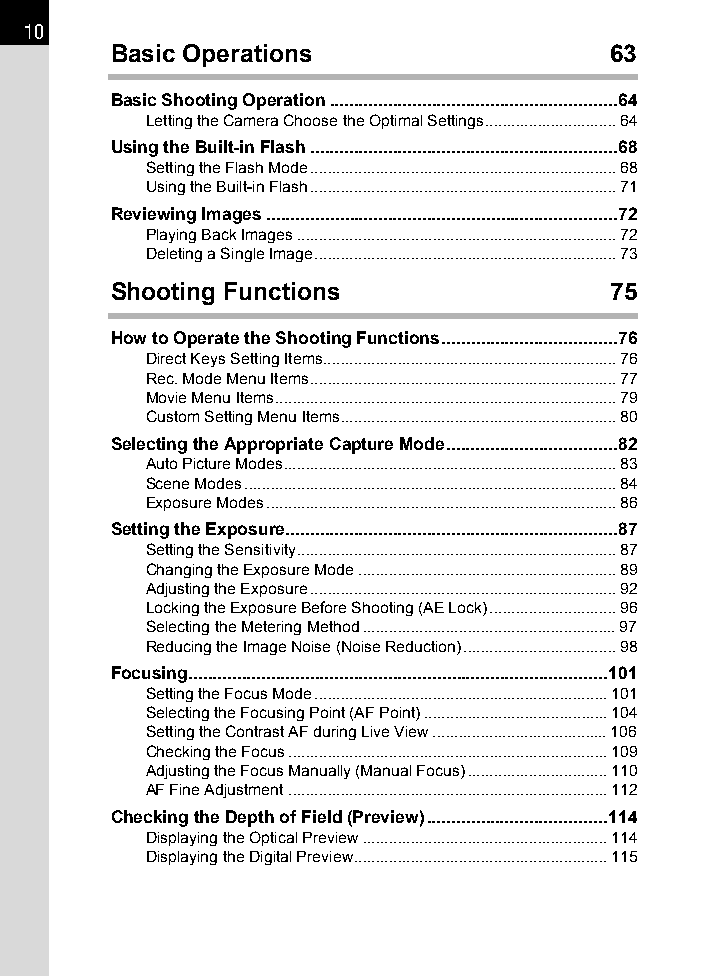
10
 Basic Operations                 63
 Basic Shooting Operation...........................................................64
 Letting the Camera Choose the Optimal Settings..............................64
 Using the Built-in Flash...............................................................68
 Setting the Flash Mode......................................................................68
 Using the Built-in Flash......................................................................71
 Reviewing Images........................................................................72
 Playing Back Images.........................................................................72
 Deleting a Single Image.....................................................................73
 Shooting Functions               75
 How to Operate the Shooting Functions....................................76
 Direct Keys Setting Items...................................................................76
 Rec. Mode Menu Items......................................................................77
 Movie Menu Items..............................................................................79
 Custom Setting Menu Items...............................................................80
 Selecting the Appropriate Capture Mode...................................82
 Auto Picture Modes............................................................................83
 Scene Modes.....................................................................................84
 Exposure Modes................................................................................86
 Setting the Exposure....................................................................87
 Setting the Sensitivity.........................................................................87
 Changing the Exposure Mode...........................................................89
 Adjusting the Exposure......................................................................92
 Locking the Exposure Before Shooting (AE Lock).............................96
 Selecting the Metering Method..........................................................97
 Reducing the Image Noise (Noise Reduction)...................................98
 Focusing......................................................................................101
 Setting the Focus Mode...................................................................101
 Selecting the Focusing Point (AF Point)..........................................104
 Setting the Contrast AF during Live View........................................106
 Checking the Focus.........................................................................109
 Adjusting the Focus Manually (Manual Focus)................................110
 AF Fine Adjustment.........................................................................112
 Checking the Depth of Field (Preview).....................................114
 Displaying the Optical Preview........................................................114
 Displaying the Digital Preview..........................................................115